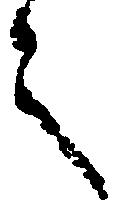
言